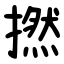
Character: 撚